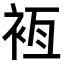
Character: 𧙸